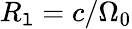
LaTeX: R_{\mathtt{l}}=c/\Omega_{0}